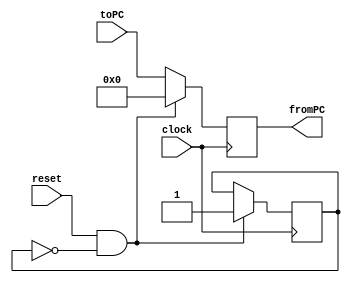
/*------------------------------------------------------------------ 
-- Haley Whitman & Andrew Hill
-- May 2016
-- CAES: Computer Architecture and Embedded Systems Laboratory
-- University of Oregon
-- Eugene, OR
-- 
--  
-- Filename: ProgramCounter.v
--
-----------------------------------------------------------------*/

module ProgramCounter(
	input[31:0] toPC,
	input reset,
	input clock,
	output reg[31:0] fromPC
);
reg doneOnce = 0;

always@(posedge clock)begin
	if(reset && !doneOnce)begin
		fromPC <= 0;
		doneOnce <= 1;
	end 
	else begin
		fromPC <= toPC;
	end
end

endmodule